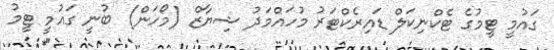
ގައުމީ ޓީމުގެ ޓެކްނިކަލް ޑައިރެކްޓަރު މުހައްމަދު ޝިޔާޒް (މޯހަން) ބުނީ ގައުމީ ޓީމު